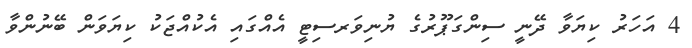
4 އަހަރު ކިޔަވާ ދޭނީ ސިންގަޕޫރުގެ ޔުނިވަރސިޓީ އެއްގައި އެކުއްޖަކު ކިޔަވަން ބޭނުންވާ